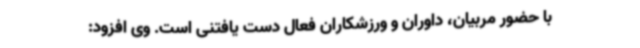
با حضور مربیان، داوران و ورزشکاران فعال دست یافتنی است. وی افزود: